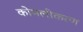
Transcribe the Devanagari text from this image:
कोमलीकरण